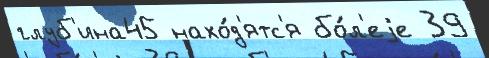
глуб'ина45 нахо́д'ятс'я бо́л'еjе 39